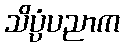
သိပ္ပံပညာက